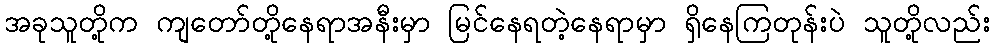
အခုသူတို့က ကျတော်တို့နေရာအနီးမှာ မြင်နေရတဲ့နေရာမှာ ရှိနေကြတုန်းပဲ သူတို့လည်း